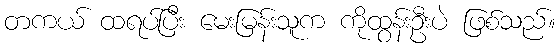
တကယ် ထရပ်ပြီး မေးမြန်းသူက ကိုထွန်းဦးပဲ ဖြစ်သည်။